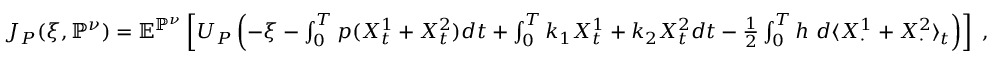
\begin{array} { r } { J _ { P } ( \xi , \mathbb { P } ^ { \nu } ) = \mathbb { E } ^ { \mathbb { P } ^ { \nu } } \left[ U _ { P } \left( - \xi - \int _ { 0 } ^ { T } p ( X _ { t } ^ { 1 } + X _ { t } ^ { 2 } ) d t + \int _ { 0 } ^ { T } k _ { 1 } X _ { t } ^ { 1 } + k _ { 2 } X _ { t } ^ { 2 } d t - \frac 1 2 \int _ { 0 } ^ { T } h ~ d \langle X _ { \cdot } ^ { 1 } + X _ { \cdot } ^ { 2 } \rangle _ { t } \right) \right] \; , } \end{array}